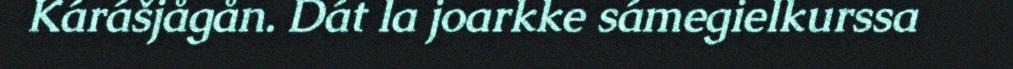
Kárášjågån. Dát la joarkke sámegielkurssa